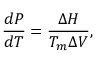
\frac { d P } { d T } = \frac { \Delta H } { T _ { m } \Delta V } ,